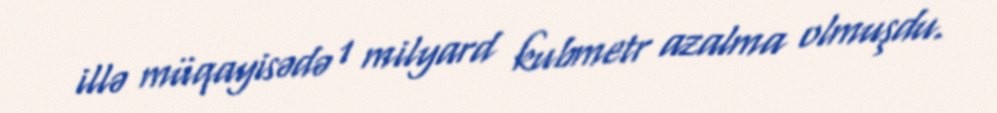
illə müqayisədə 1 milyard kubmetr azalma olmuşdu.